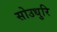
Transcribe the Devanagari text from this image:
सोउधुरि